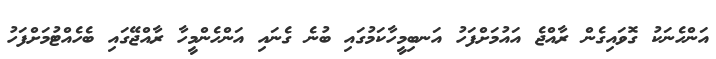
އަންހެނަކު ގޮވައިގެން ރާއްޖެ އައުމަށްފަހު އަނބިމީހާކަމުގައި ބުނެ ގެނައި އަންހެންމީހާ ރާއްޖޭގައި ބެހެެއްޓުމަށްފަހު